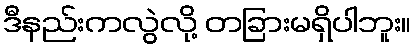
ဒီနည်းကလွဲလို့ တခြားမရှိပါဘူး။